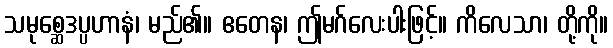
သမုစ္ဆေဒပ္ပဟာနံ၊ မည်၏။ ဧတေန၊ ဤမဂ်လေးပါးဖြင့်။ ကိလေသာ၊ တို့ကို။